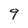
Character: 9